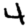
Digit: 4